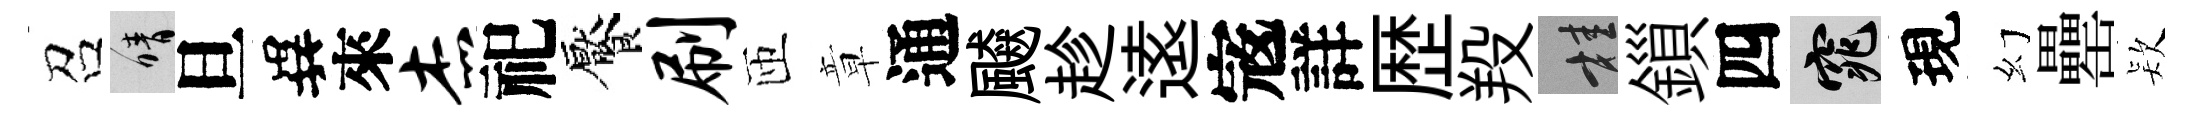
召晴旦異來杰祀饜刷匝章通飇趁逺𡨥詳歴羖桂鎻四窕現幻罍𣣇